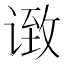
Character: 𫍶